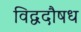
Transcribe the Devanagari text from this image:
विद्वदौषध